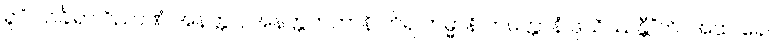
ရူပံ သင်္ခါရာ ဝိညာဏံ အနတ္တာ, အနတ္တကတာနိ ကိရ ကမ္မာနိ ကမတ္တာနံ ဖုသိဿန္တီ”တိ။ အထ ခေါ